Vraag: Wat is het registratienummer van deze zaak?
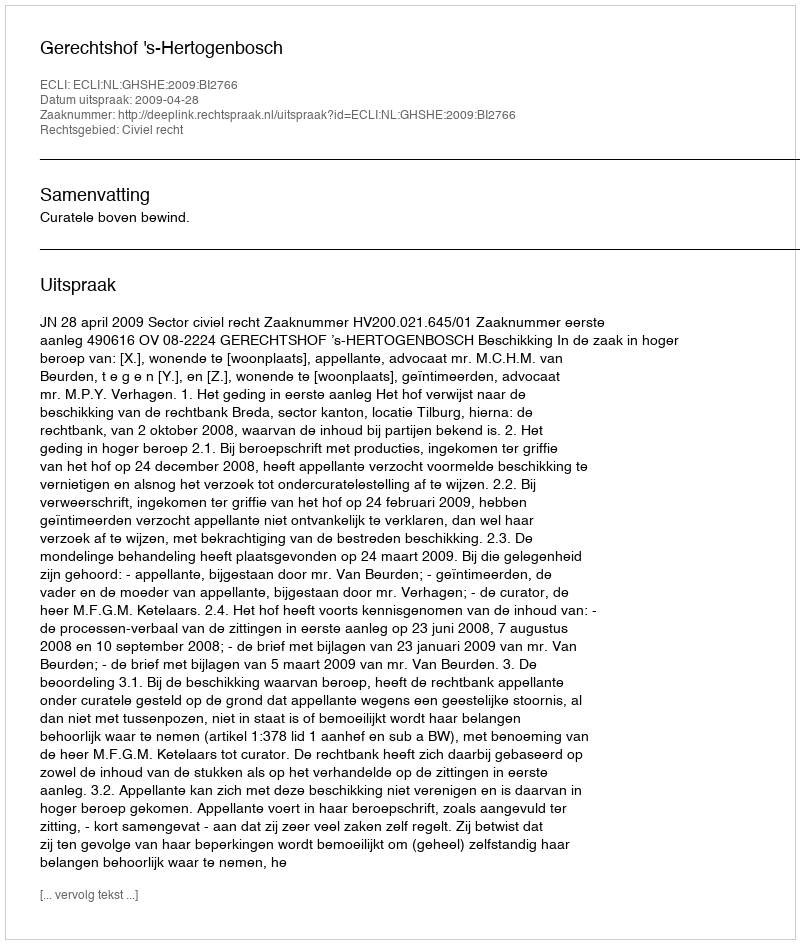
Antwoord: http://deeplink.rechtspraak.nl/uitspraak?id=ECLI:NL:GHSHE:2009:BI2766